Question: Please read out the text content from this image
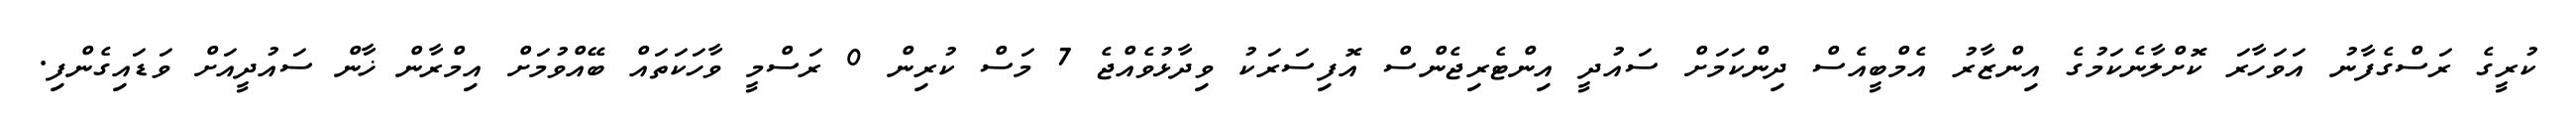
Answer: ކުރީގެ ރަސްގެފާނު އަވަހާރަ ކޮށްލާނެކަމުގެ އިންޒާރު އެމްބީއެސް ދިންކަމަށް ސައުދީ އިންޓެރިޖެންސް އޮފިސަރަކު ވިދާޅުވެއްޖެ 7 މަސް ކުރިން 0 ރަސްމީ ވާހަކަތައް ބޭއްވުމަށް އިމްރާން ޚާން ސައުދީއަށް ވަޑައިގެންފި.